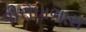
વીરોધાભાસ